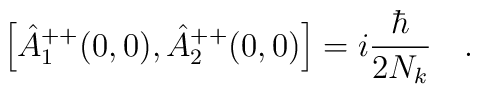
\Big[\hat{A}_1^{++}(0,0),\hat{A}_2^{++}(0,0)\Big]=i\frac{\hbar}{2N_k}\ \ \ .